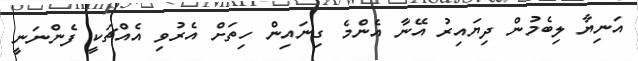
އަނިޔާ ލިބެމުން ދިޔައިރު އޭނާ އެންމެ ގިނައިން ހިތަށް އެރުވި އެއްޗަކީ ފެންނަނީ